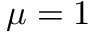
\mu = 1